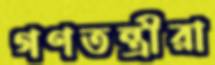
গণতন্ত্রীরা